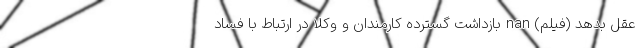
عقل بدهد (فیلم) nan بازداشت گسترده کارمندان و وکلا در ارتباط با فساد